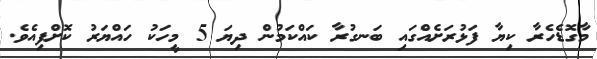
މާގޮޑެހެރާ ކިޔާ ފަޅުރަށެއްގައި ބަނގުރާ ކައްކަމުން ދިޔަ 5 މީހަކު ހައްޔަރު ކޮށްފިއެވެ.